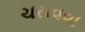
ચરાવવા